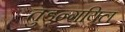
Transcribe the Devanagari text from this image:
तुडन्गयिल